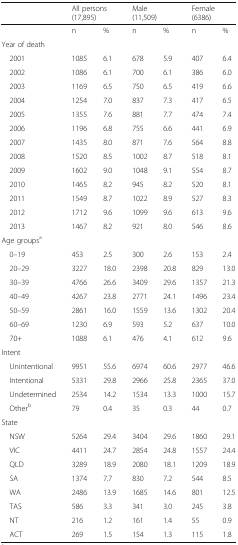
<table><thead><tr><td></td><td colspan="2"><b>All persons(17,895)</b></td><td colspan="2"><b>Male(11,509)</b></td><td colspan="2"><b>Female(6386)</b></td></tr></thead><tbody><tr><td></td><td>n</td><td>%</td><td>n</td><td>%</td><td>n</td><td>%</td></tr><tr><td colspan="7">Year of death</td></tr><tr><td> 2001</td><td>1085</td><td>6.1</td><td>678</td><td>5.9</td><td>407</td><td>6.4</td></tr><tr><td> 2002</td><td>1086</td><td>6.1</td><td>700</td><td>6.1</td><td>386</td><td>6.0</td></tr><tr><td> 2003</td><td>1169</td><td>6.5</td><td>750</td><td>6.5</td><td>419</td><td>6.6</td></tr><tr><td> 2004</td><td>1254</td><td>7.0</td><td>837</td><td>7.3</td><td>417</td><td>6.5</td></tr><tr><td> 2005</td><td>1355</td><td>7.6</td><td>881</td><td>7.7</td><td>474</td><td>7.4</td></tr><tr><td> 2006</td><td>1196</td><td>6.8</td><td>755</td><td>6.6</td><td>441</td><td>6.9</td></tr><tr><td> 2007</td><td>1435</td><td>8.0</td><td>871</td><td>7.6</td><td>564</td><td>8.8</td></tr><tr><td> 2008</td><td>1520</td><td>8.5</td><td>1002</td><td>8.7</td><td>518</td><td>8.1</td></tr><tr><td> 2009</td><td>1602</td><td>9.0</td><td>1048</td><td>9.1</td><td>554</td><td>8.7</td></tr><tr><td> 2010</td><td>1465</td><td>8.2</td><td>945</td><td>8.2</td><td>520</td><td>8.1</td></tr><tr><td> 2011</td><td>1549</td><td>8.7</td><td>1022</td><td>8.9</td><td>527</td><td>8.3</td></tr><tr><td> 2012</td><td>1712</td><td>9.6</td><td>1099</td><td>9.6</td><td>613</td><td>9.6</td></tr><tr><td> 2013</td><td>1467</td><td>8.2</td><td>921</td><td>8.0</td><td>546</td><td>8.6</td></tr><tr><td colspan="7">Age groups<sup>a</sup></td></tr><tr><td> 0–19</td><td>453</td><td>2.5</td><td>300</td><td>2.6</td><td>153</td><td>2.4</td></tr><tr><td> 20–29</td><td>3227</td><td>18.0</td><td>2398</td><td>20.8</td><td>829</td><td>13.0</td></tr><tr><td> 30–39</td><td>4766</td><td>26.6</td><td>3409</td><td>29.6</td><td>1357</td><td>21.3</td></tr><tr><td> 40–49</td><td>4267</td><td>23.8</td><td>2771</td><td>24.1</td><td>1496</td><td>23.4</td></tr><tr><td> 50–59</td><td>2861</td><td>16.0</td><td>1559</td><td>13.6</td><td>1302</td><td>20.4</td></tr><tr><td> 60–69</td><td>1230</td><td>6.9</td><td>593</td><td>5.2</td><td>637</td><td>10.0</td></tr><tr><td> 70+</td><td>1088</td><td>6.1</td><td>476</td><td>4.1</td><td>612</td><td>9.6</td></tr><tr><td colspan="7">Intent</td></tr><tr><td> Unintentional</td><td>9951</td><td>55.6</td><td>6974</td><td>60.6</td><td>2977</td><td>46.6</td></tr><tr><td> Intentional</td><td>5331</td><td>29.8</td><td>2966</td><td>25.8</td><td>2365</td><td>37.0</td></tr><tr><td> Undetermined</td><td>2534</td><td>14.2</td><td>1534</td><td>13.3</td><td>1000</td><td>15.7</td></tr><tr><td> Other<sup>b</sup></td><td>79</td><td>0.4</td><td>35</td><td>0.3</td><td>44</td><td>0.7</td></tr><tr><td colspan="7">State</td></tr><tr><td> NSW</td><td>5264</td><td>29.4</td><td>3404</td><td>29.6</td><td>1860</td><td>29.1</td></tr><tr><td> VIC</td><td>4411</td><td>24.7</td><td>2854</td><td>24.8</td><td>1557</td><td>24.4</td></tr><tr><td> QLD</td><td>3289</td><td>18.9</td><td>2080</td><td>18.1</td><td>1209</td><td>18.9</td></tr><tr><td> SA</td><td>1374</td><td>7.7</td><td>830</td><td>7.2</td><td>544</td><td>8.5</td></tr><tr><td> WA</td><td>2486</td><td>13.9</td><td>1685</td><td>14.6</td><td>801</td><td>12.5</td></tr><tr><td> TAS</td><td>586</td><td>3.3</td><td>341</td><td>3.0</td><td>245</td><td>3.8</td></tr><tr><td> NT</td><td>216</td><td>1.2</td><td>161</td><td>1.4</td><td>55</td><td>0.9</td></tr><tr><td> ACT</td><td>269</td><td>1.5</td><td>154</td><td>1.3</td><td>115</td><td>1.8</td></tr></tbody></table>